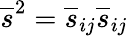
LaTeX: \overline{{s}}^{2}=\overline{{s}}_{ij}\overline{{s}}_{ij}